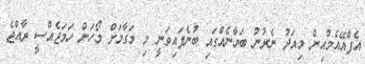
އެފްއޭއެމްއިން މިއަދު ނެރުނު ބަޔާނެއްގައި ބުނެފައިވަނީ މި މަގާމަށް މޯހަން ހަމަޖެއްސީ ރާއްޖެ